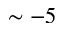
\sim - 5